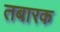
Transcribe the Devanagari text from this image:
तबारक